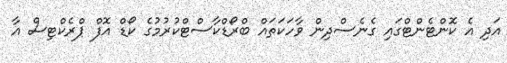
އަދި އެ ކޮންޓެންޓްގައި ގެނެސްދިން ވާހަކަތައް ބްރޯޑްކާސްޓްކުރުމުގެ ކޯޑް އޮފް ޕްރެކްޓިސް އާ